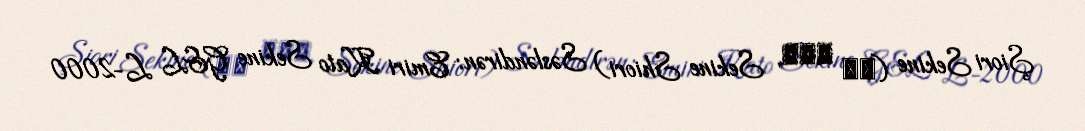
Şiori Sekine (関根 しおり, Sekine Shiori) Səsləndirən: Emiri Kato Sekine G&L L-2000